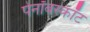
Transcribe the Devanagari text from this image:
पेनॉबस्कॉट